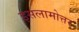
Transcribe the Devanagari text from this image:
इसलामोत्तर